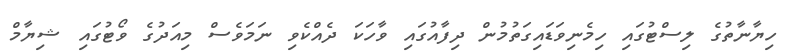
ހިޔާނާތުގެ ލިސްޓުގައި ހިމެނިވަޑައިގަތުމުން ދިފާއުގައި ވާހަކަ ދެއްކެވި ނަމަވެސް މިއަދުގެ ވޯޓުގައި ޝިޔާމް